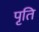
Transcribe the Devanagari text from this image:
पृति